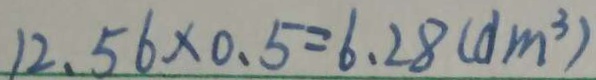
1 2 . 5 6 \times 0 . 5 = 6 . 2 8 ( d m ^ { 3 } )